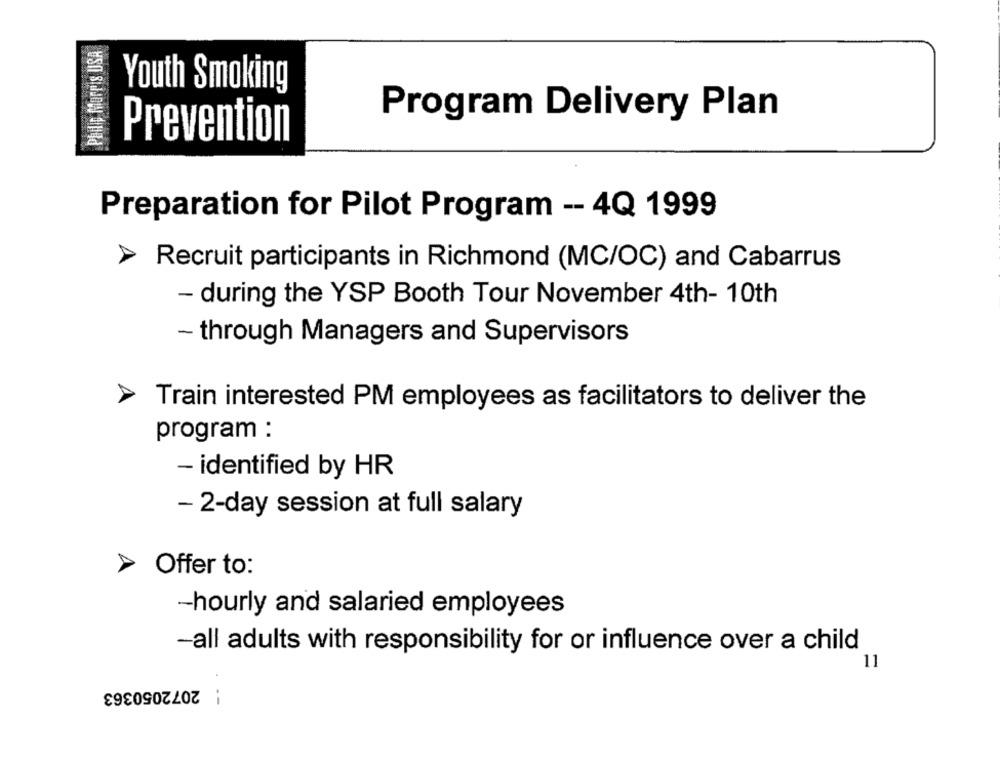
Philip Morris USA
Youth Smoking
Program Delivery Plan
Prevention
Preparation for Pilot Program -- 4Q 1999
Recruit participants in Richmond (MC/OC) and Cabarrus
- during the YSP Booth Tour November 4th- 10th
- through Managers and Supervisors
Train interested PM employees as facilitators to deliver the
program :
- identified by HR
- 2-day session at full salary
> Offer to:
-hourly and salaried employees
-all adults with responsibility for or influence over a child
11
: 2072050363